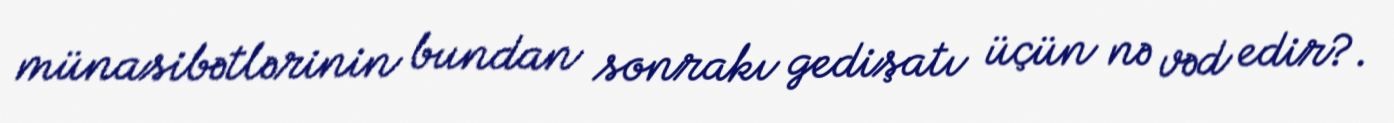
münasibətlərinin bundan sonrakı gedişatı üçün nə vəd edir?.